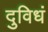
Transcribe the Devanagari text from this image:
दुविधं